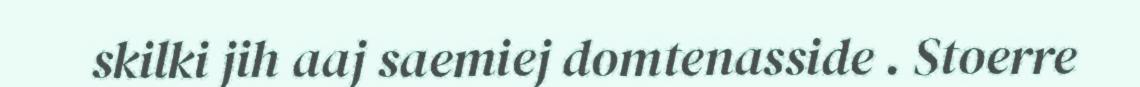
skilki jih aaj saemiej domtenasside . Stoerre